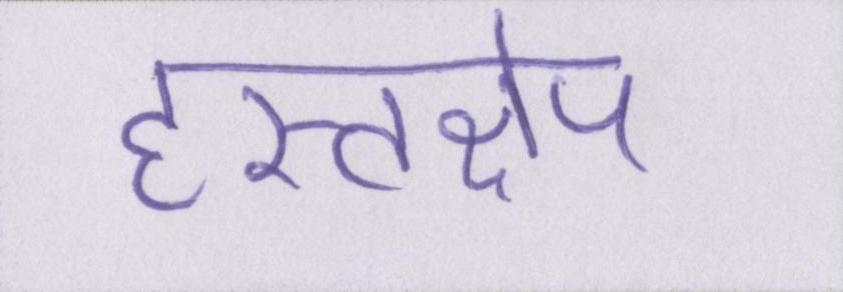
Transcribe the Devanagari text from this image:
हस्तक्षेप